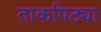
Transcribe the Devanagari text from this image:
ताकपिठ्या